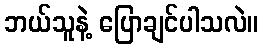
ဘယ်သူနဲ့ ပြောချင်ပါသလဲ။